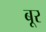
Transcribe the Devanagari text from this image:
बूर